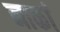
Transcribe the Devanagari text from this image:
नाकां